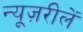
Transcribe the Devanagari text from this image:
न्यूज़रीलें